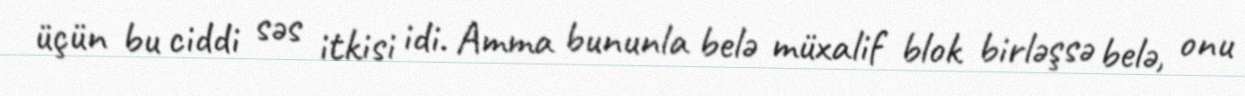
üçün bu ciddi səs itkisi idi. Amma bununla belə müxalif blok birləşsə belə, onu